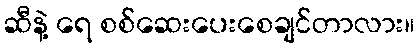
ဆီနဲ့ ရေ စစ်ဆေးပေးစေချင်တာလား။